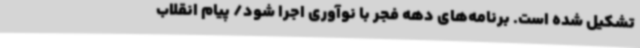
تشکیل شده است. برنامه‌های دهه فجر با نوآوری اجرا شود/ پیام انقلاب